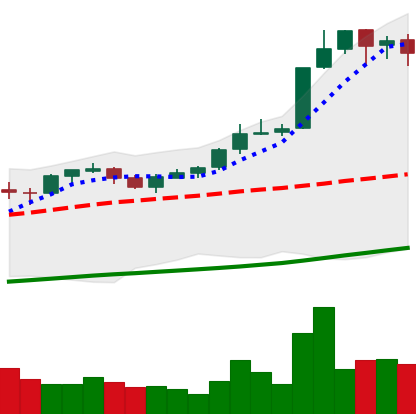
Ticker: BTC-USD
Chart end date: 2017-10-17
Forward return: 7.188%
Label: up_7plus